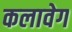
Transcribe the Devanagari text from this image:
कलावेग